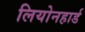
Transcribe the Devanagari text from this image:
लियोनहार्ड